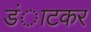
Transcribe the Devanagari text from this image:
डंाटकर